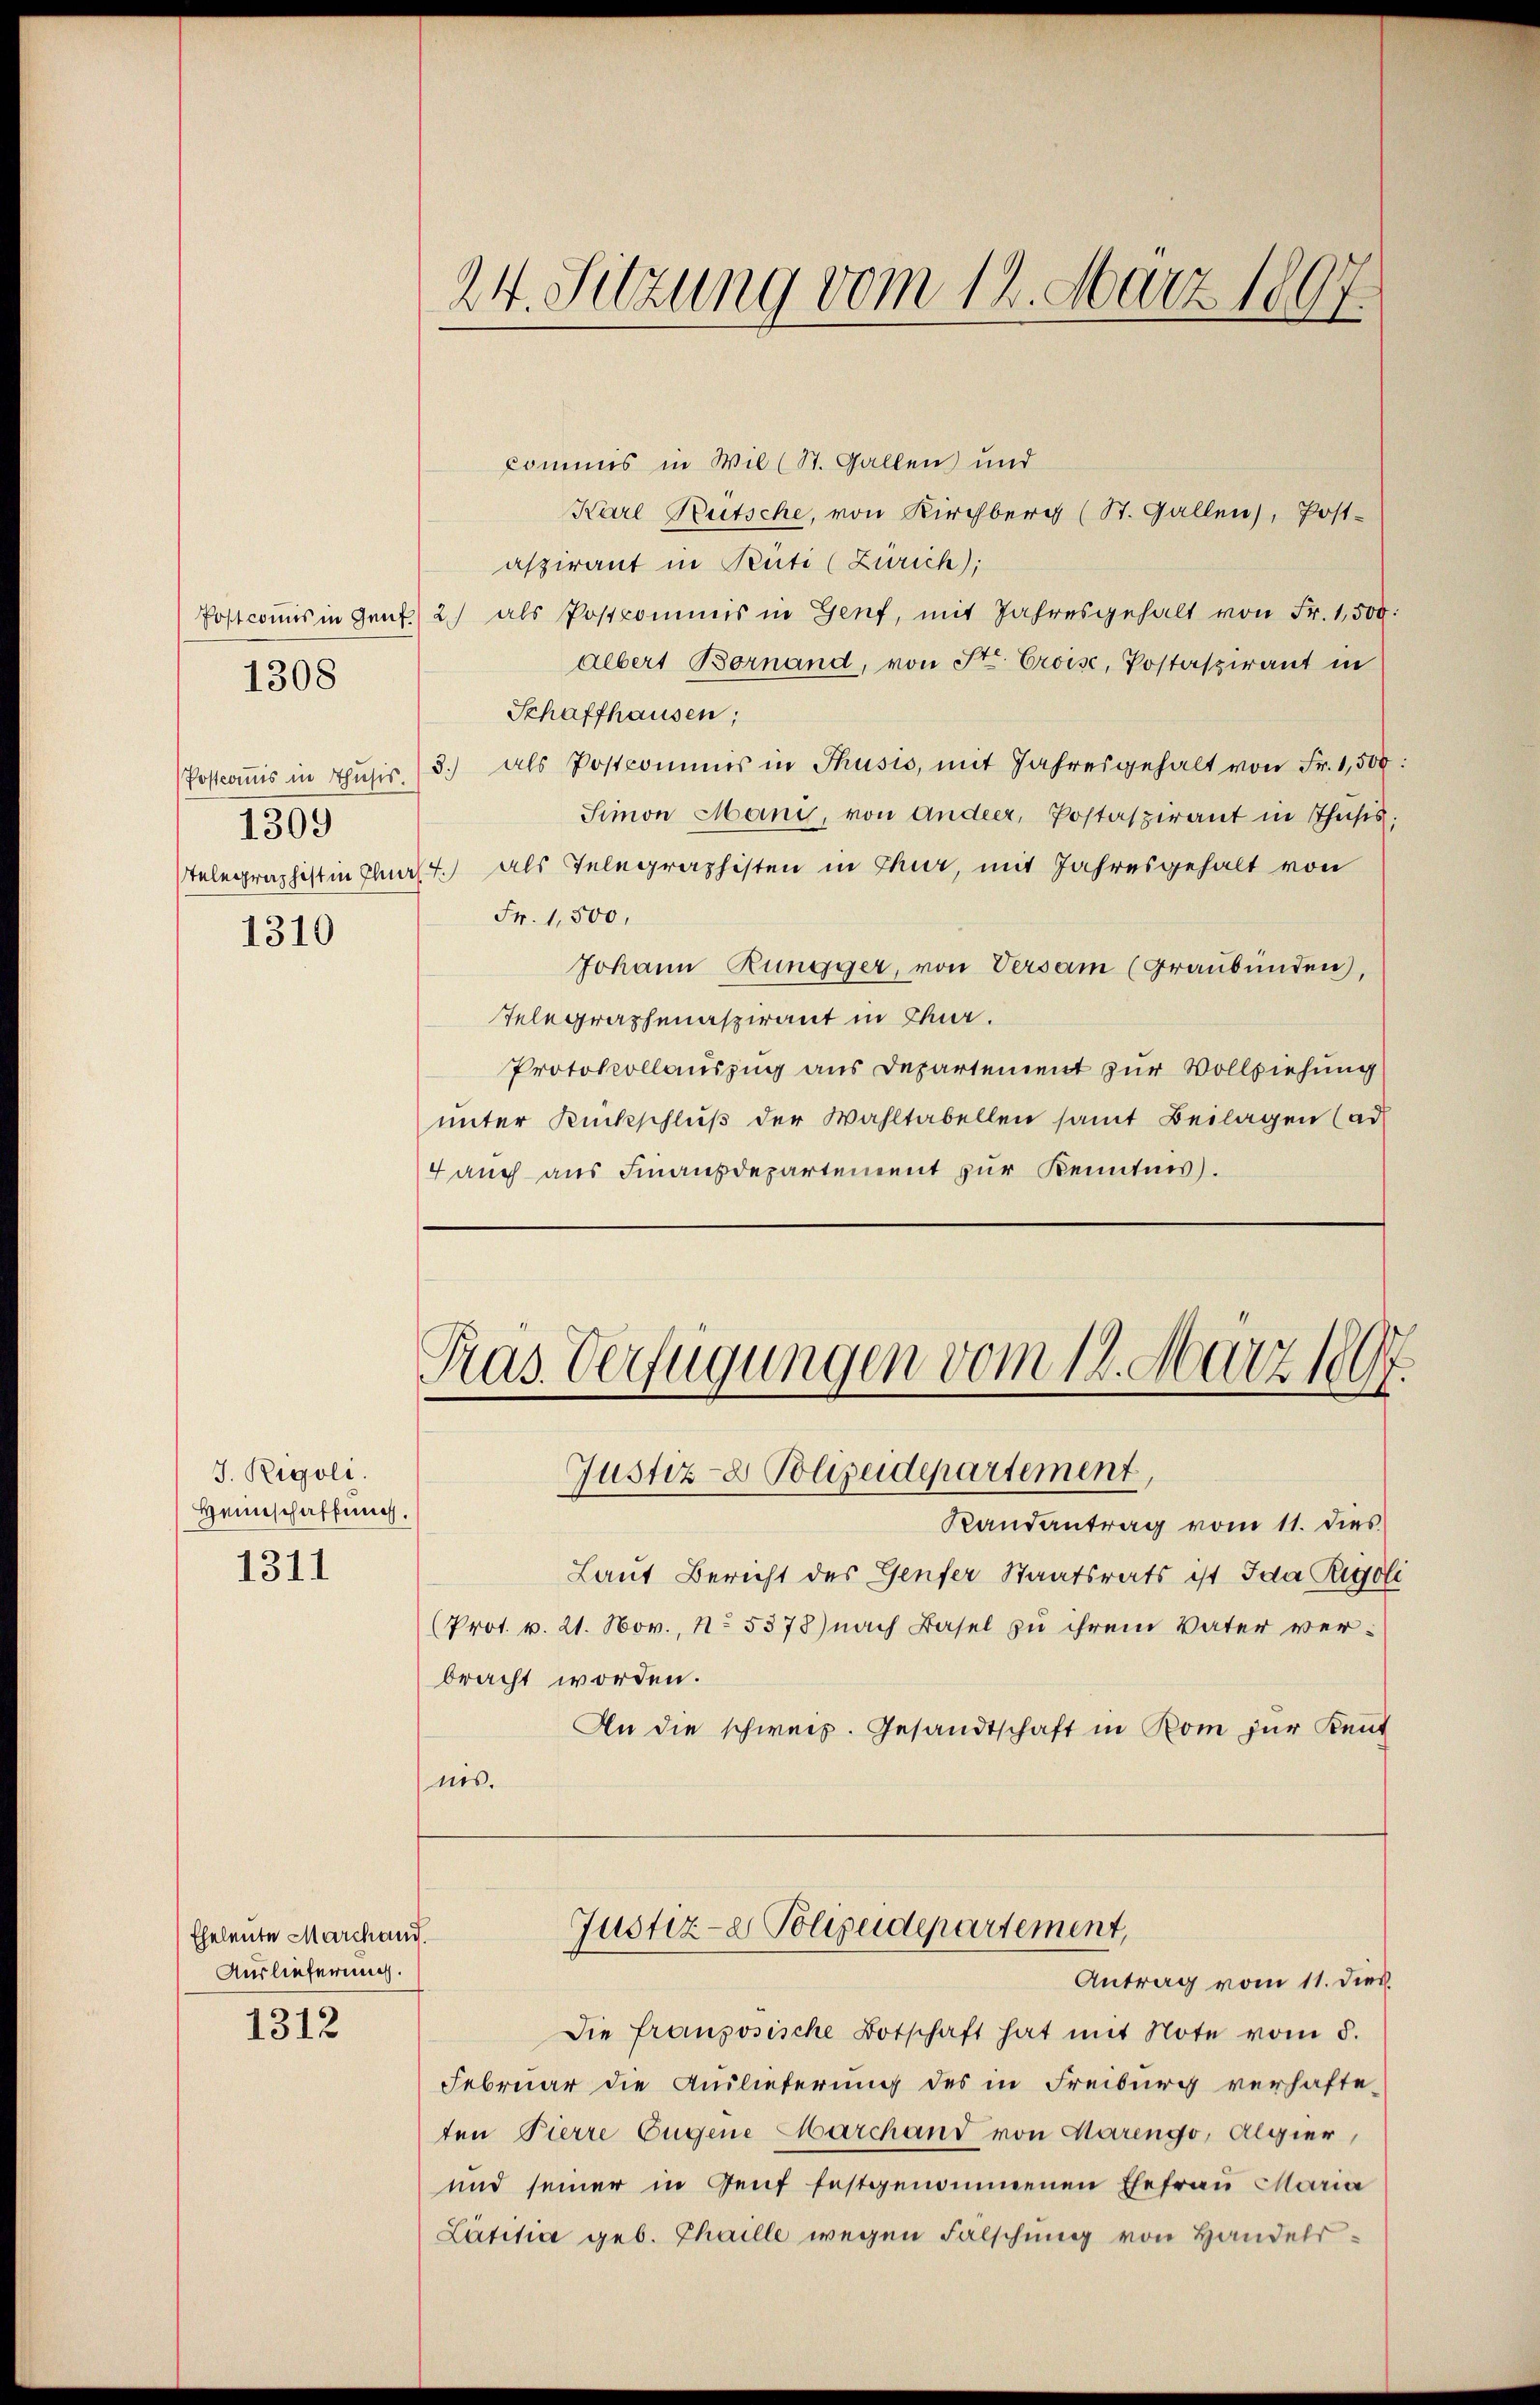
1309

1308

1310

J. Rigoli.
Heimschaffung
1311

Eheleute Marchand.
Auslieferung.

1312

24. Sitzung vom 14. März 1807.

Commis in Wil (St. Gallen und
Karl Bütsche, von Kirchberg (St. Gallen), Post-
aspirant in Rüti (Zürich);
Postcommis in Genf. 2) als Postkommis in Genf, mit Jahresgehalt von Fr. 1,500.
albert Bornand, von St. Croise, Postaspirant in
Schaffhausen,
Postcoṁis in Thusis. (3.) als Postcommis in Thusis, mit Jahresgehalt von Fr. 1,500:
Simon Mani, von Andeer, Postaspirant in Thusis;
Telegraphist in Flas. als Telegraphisten in Chur, mit Jahresgehalt von
Fr. 1,500,
Johann Rungger, von Versam (Graubünden),
Telegraphenaspirant in Chur.
Protokollauszug aus Departement zur Vollziehung
unter Rückschlŭβ der Wahltabellen samt Beilagen (ad
4 auch aus Finanzdepartement zur Kenntnis).

Pras. Verfügungen vom 14. März 1897.
Justiz- Polizeidepartement,

Randantrag vom 11. dies
Laut Bericht des Genfer Staatsrats ist Ida Rigoli
(Prot. v. 21. Nov., N. 5378) nach Basel zu ihrem Vater verbracht worden.
An die schweiz. Gesandtschaft in Rom zur Kennt
nis.
Justiz- & Polizeidepartement,
Antrag vom 11. dies
Die französische Botschaft hat mit Note vom 5.
Februar die Auslieferung des in Freiburg verhafteten Pierre Eugene Marchand von Marengo, Algier
und seiner in Genf festgenommenen Ehefrau Maria
Lätitia geb. Thaille wegen Falschung von Handels¬